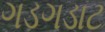
ગડગડાટ